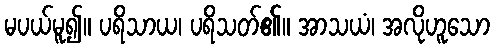
မပယ်မူ၍။ ပရိသာယ၊ ပရိသတ်၏။ အာသယံ၊ အလိုဟူသော